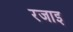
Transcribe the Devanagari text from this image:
रजाइ